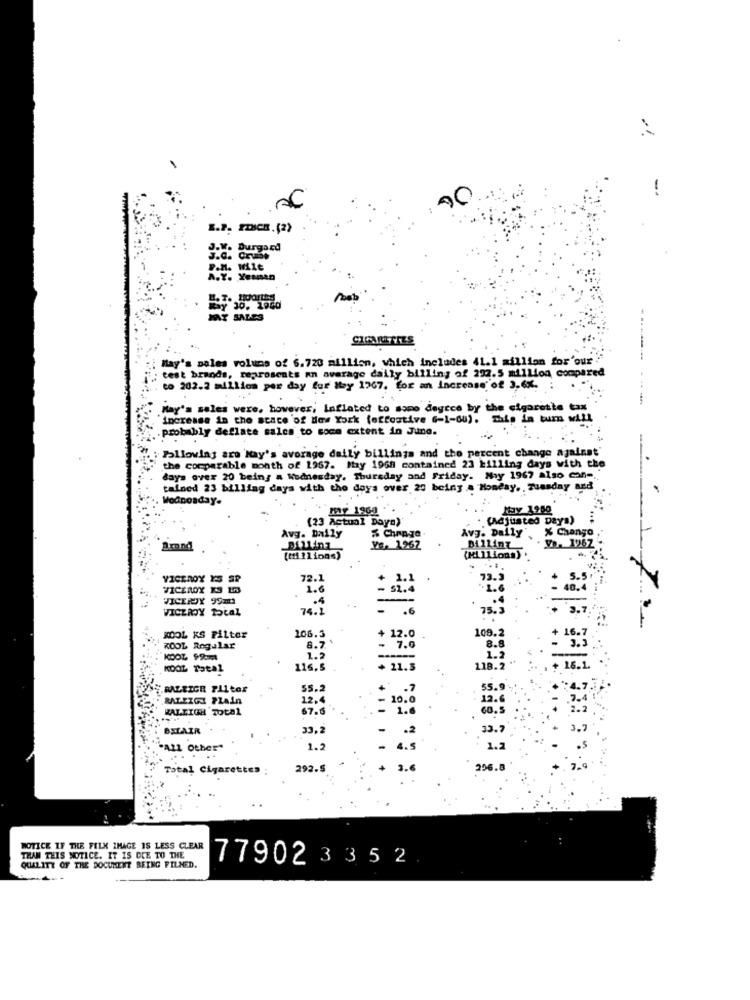
g.v.
Durgard
P.M. W11e
A.Y. Yenisar
BY 30. 1960
MAAT SALES
May's poles volume of 6.720 million, which includes 41.1 million for'our
-------
: test brands, reprosents an average daily billing of 292.5 million compared
co 202.2 million per day for May 1767. for an Increase of 3,6%. :
May's sales were, however, Inflated to samo degece by the cigarette
---
"increase in the state of New York (otrostive (-1-60), Ship in turn will
.probably deflate sales to some extent in June.
Following aro Nay's average daily billings and the percent change against'
the comparable month of 1967. May 1968 contained 23 killing days with the
days over 20 being a Wednesday, Thursday and Friday. Nay 1967 also can -.
talned 23 billing days with the days over 20 being a Monday. , Tuesday and
Wednesday.
my 196a .
(23 Actual Days)'
. (Adjusted Days)
% Change
Avg. Daily
% Chango
Avg. Daily
Billint
Brand
Billing
Ve. 1262
(ML ILion")
VICEROY YS SP
72.1
73.5
7
VICEROY ES ES
1.6
16.4
VICEROY 99m
VICEROY POLAZ
74.2
.6
78.3
KOOL KS Filter
106.5
108.2
16.7
KOOL Regular
8.7
8.8
KOOL 99
1.2
1.2
KOOL Total
116.5
118.2.
+ 16.1
RALEIGH PALtos
55.2
55.
RALEIGH PLAIn
12,4
12.
RALEIGH TOLa1
67.5
= 10: 3
BELAIR
33,2
33.7
.2
"ALL Other"
1.2
4.5
1.2
Total Cigarettes
292.5
3.6
296.8
MOTICE IF THE FILM IMAGE IS LESS CLEAR
THAN THIS NOTICE. IT IS DUE TO THE
77902335 2
QUALITY OF THE DOCUMENT BEING FILNED.